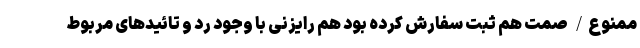
ممنوع/ صمت هم ثبت سفارش کرده بود هم رایزنی با وجود رد و تائیدهای مربوط